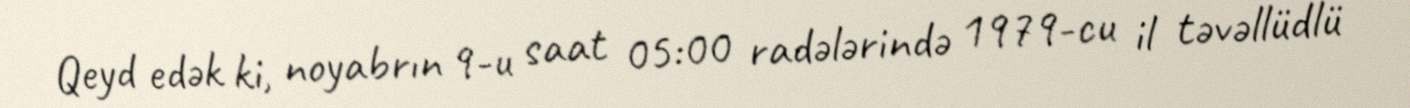
Qeyd edək ki, noyabrın 9-u saat 05:00 radələrində 1979-cu il təvəllüdlü